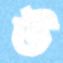
উ